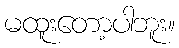
မထူးတော့ပါဘူး။